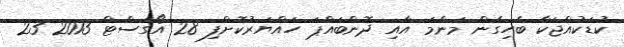
ކުޑަކުއްޖަކާ ބެހިގެން މަންމަ އާއި ދޮންބައްޕަ ހައްޔަރުކޮށްފި 28 އޯގަސްޓް 2013 23